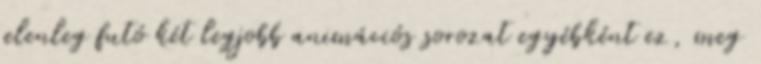
jelenleg futó két legjobb animációs sorozat egyébként ez, meg